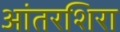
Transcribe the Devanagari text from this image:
आंतरशिरा